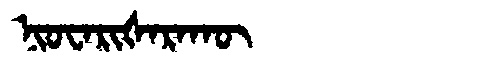
Manchu: ᠨᡳᠣᠸᠠᡵᡳᡧᠠᡵᠠᡴᡡ
Romanization: NIOWARIŠARAKŪ